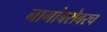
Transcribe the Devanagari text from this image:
नागांबरोबरच